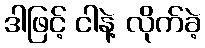
ဒါဖြင့် ငါနဲ့ လိုက်ခဲ့